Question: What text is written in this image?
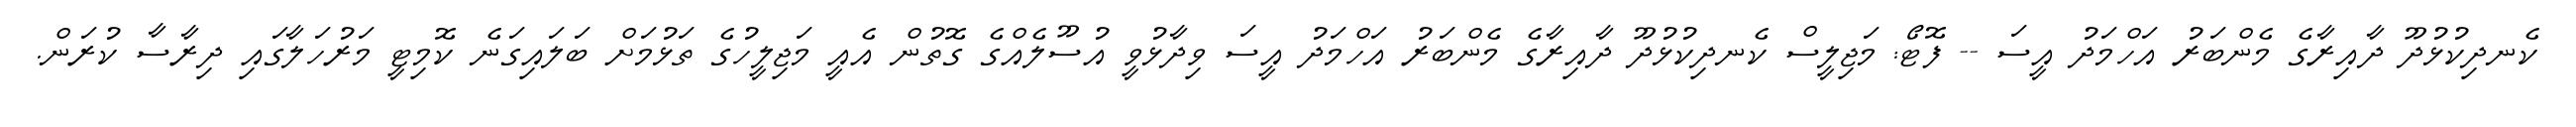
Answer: ކެނދިކުޅުދޫ ދާއިރާގެ މެންބަރު އަހްމަދު އީސަ -- ފޮޓޯ: މަޖިލީސް ކެނދިކުޅުދޫ ދާއިރާގެ މެންބަރު އަހްމަދު އީސަ ވިދާޅުވީ އުސޫލެއްގެ ގޮތުން އެއީ މަޖިލީހުގެ ތަޅުމަށް ބަލައިގަނެ ކޮމިޓީ މަރުހަލާގައި ދިރާސާ ކުރަން.